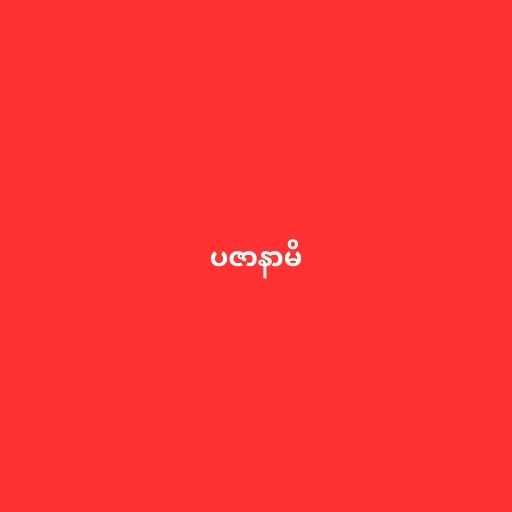
ပဇာနာမိ